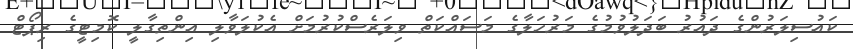
ކައުސިލަރުންގެ ދައުރު ބަދަލުވުމުގެ މަރުހަލާގެ މަސައްކަތް ވިލަރެސްކުރުމަށް އެކުލަވާލި އިންތިގާލީ ކޮމިޓީގެ ރިޕޯޓް